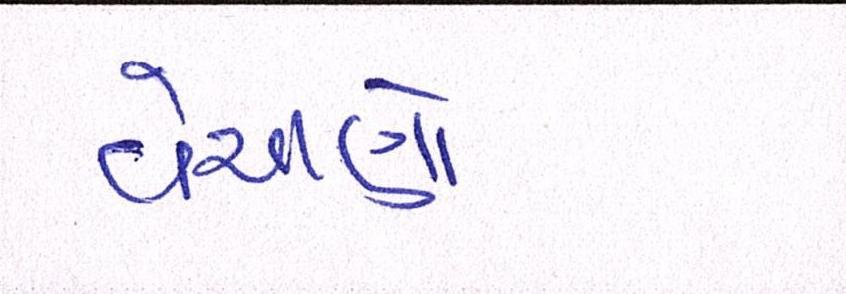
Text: વેચાણો